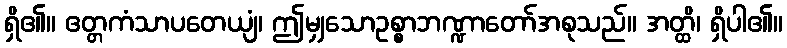
ရှိ၏။ ဧတ္တကံသာပတေယျံ၊ ဤမျှသောဥစ္စာဘဏ္ဍာတော်အစုသည်။ အတ္ထိ၊ ရှိပါ၏။